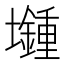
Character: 𡓯